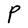
Character: P